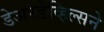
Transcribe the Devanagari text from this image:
डेअरडेव्हिल्सने